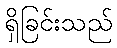
ရှိခြင်းသည်